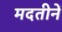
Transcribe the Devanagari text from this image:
मदतीनें